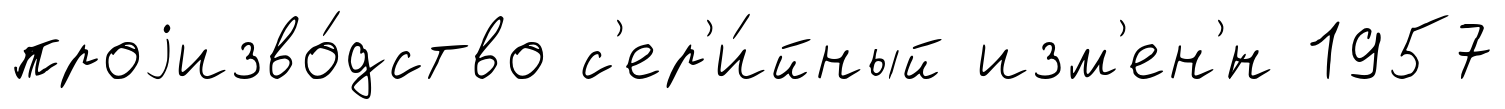
проjизво́дство с'ер'и́йный изм'ен'́н 1957